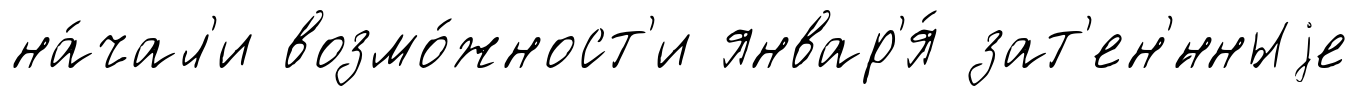
на́чал'и возмо́жност'и январ'я́ зат'ен'́нныjе